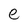
Character: e